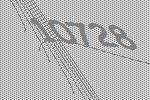
10728